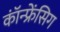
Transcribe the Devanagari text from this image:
कॉंन्फ्रेंसिग